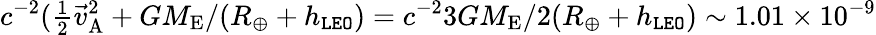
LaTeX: c^{-2}({\textstyle\frac{1}{2}}{\vec{v}}_{\mathrm{A}}^{2}+GM_{\mathrm{E}}/(R_{\oplus}+h_{\tt LEO})=c^{-2}3GM_{\mathrm{E}}/2(R_{\oplus}+h_{\tt LEO})\sim 1.01\times 10^{-9}